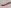
Text: -